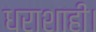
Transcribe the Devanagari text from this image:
धराशाही।